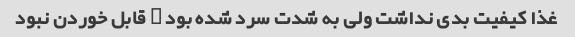
غذا کیفیت بدی نداشت ولی به شدت سرد شده بود … قابل خوردن نبود